Lunatic asylums Madras 1892-1911 - 1892-1911
Year: 1892
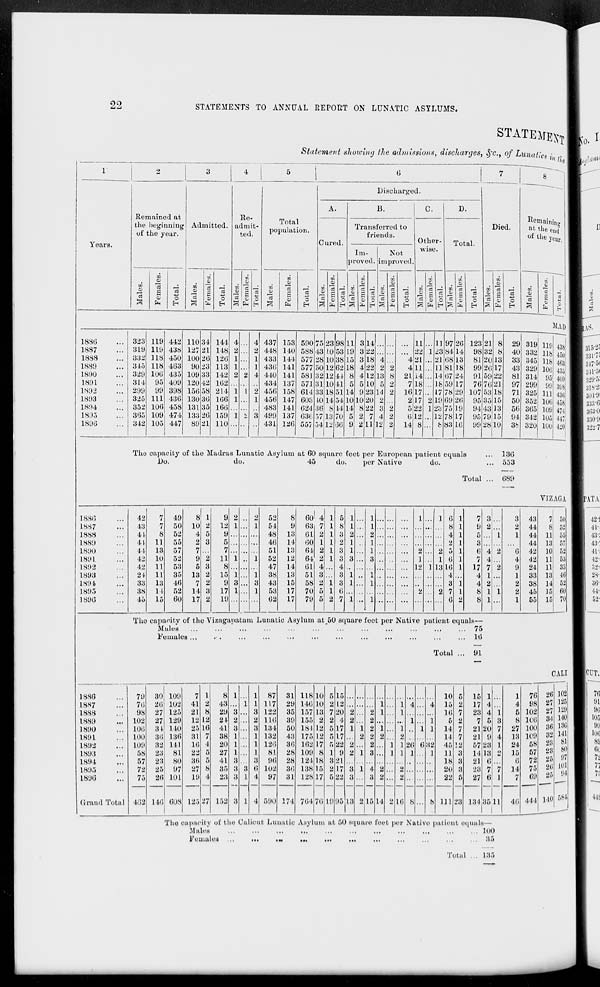
22
STATEMENTS TO ANNUAL REPORT ON LUNATIC ASYLUMS.
Years.
STATEMENT
Statement showing the admissions, discharges, Sfc, of Lunatic*
Remained at
the beginning
of the year.
m
o
w
a
s a
o
o
EH
Admitted.
00
0)
O
Re-
admit-
ted.
73
03
CC
yj
£ eg
1—1
1*5 fa
p
Total
population.
w
03
3J
«
fa
o
Discharged.
Cured.
B.
Transferred to
friends.
Im-
Not
proved, improved
Other-
wise.
D.
Total.
—;
v.
CB
«
-^ in;
o
Died.
o
EH
l " //,<!
Rc mainin g
at the eud
of the ye M ,
m
.2
03
"3
S
1886
1887
1888
1889
181)0
1891
1892
1893
1894
1895
1896
323
319
332
315
329
314
299
325
352
365
342
119
119
118
118
100
95
99
111
106
109
105
442
435
450
403
435
409
398
430
458
474
447
110
127
100
90
109
120
150
130
131
133
89
34
21
20
2;;
38
42
58
30
35
20
21
144
148
120
113
142
102
214
100
160
159
110
437
448
433
430
440
434
456
456
483
499
431
153
140
144
141
141
137
158
147
141
137
126
590
588
577
577
581
571
614
603
624
630
557
48
28
50
32
31
33
Ki
36
57
54
23
!0
1(1
12
12
10
is
II
8
13
12
98
53
38
62
11
II
5]
54
II
70
66
3
3
3
I
■I
5
9
Id
8
2
11
22
L8
22
12
10
23
20
22
7
211
4
2
L3
5
H
2
3
4
12
11
11 97 26 123 21 8 29 319 no
22 1 23 84 14 98 32 8 40 332 118
4 21
21 68 13 81 20 13 33 345 118
2
4 11
11 81 18 99 20 17 43 329 lOfi
8 2L 14
M 67 24 91 59 22 81 314 95
•>
7 18
18 59 17 76 70 21 97 299 99
2 16 17
17 78 29 107 53 18 71 325 111
2 17 2 19 69 26 95 35 15 50 352 106
2
5 22 1 2;J 75 19 94 43 13 56 365 109
2
6 12
12 78 17 95 79 15 94 342 lOfi
2
14 8 ...
f
83 10 99 28 10 38 320 100
MAD
438!
45o!
463J
■ m
409
3SJ8J
436
4581
171
417,
420 !
IAS.
The capacity of the Madras Lunatic Asylum at 60 square feet per European patient equals
Do.
do.
45
do.
per Native
do.
Total
130
553
689
V1ZAGA
188(5
L887
1888
L889
1890
1891
1892
1893
1894
1895
1890
The capacity of the Vizaganatam Lunatic Asylum at j 50 square feet per Native patient equals—
Males
'
75
Females...
. .
...
...
•••
...
•••
...
•••
•••
...
■•• 16
42
7 49
8 1
9 2
2 52
8 60 1 4 1 5 1
1
1
1 6 1
7 3
3 43
7 50
43
7 50 10 2 12 1
1 54
9 63 7 1 8 1
1
8 1
9 2
2 44
8 52
41
41
8
11
52
55
4
2
5
3
9
5
48
46
13
14
61
60
2
1
1
1
3
2
2
1
... 2
1
... ...
4
2
1
1
5
3
1
1 44
44
11
13
55
57
44 13 57
7
7
51 13 64 2 1 3 1
1
2
2 5 1
6 4 2
6 42 10 52
42 10 52
9 2
11 1
1 52 12 64 2 1 3 3
3
1
1 6 1
7 4
4 42 11 53
42 11
53
5 3
8
47 14 01 4
4
12 1 13 16 1 17 7 2
9 24 11 35
2* 11 35 13 2 15 1
1 38 13 51 3
3 1
1
4
4 1
1 33 13 46
33 13 46
7 2
9 3
3 43 15 58 2 1 3 1
1
...
3 1
4 2
2 38 14 52
38
45
11
15
52
60
14
17
3
2
17
19
1
1
53
02
17
17
70
79
5
5
1
2
6
7
...
2
...
2 7
6
1
2
8
8
1
1
1
2
1
45
55
15
15 70
1 ... 1
■••
...
Total
91
CALI
18S6
18S7
1888
IKS'.)
1890
1891
L893
1893
1894
1895
1896
(irand Total
79
70
30
20
109
102
7
41
1
2
8
43
1
i
i
i
87
117
31
29
118
146
10
10
5
2
15
12
10
15
5
2
15
17
1
4
1
4
76
98
20
27
102
125
129
140
YM
141
81
80
...
1
1 4
4
98 27 125 21 8 29 3
3 122 35 157 13 7 20 2
2 1
1
16 7 23 4 1
5 102 27
102 27 129 12 12 24 2
2 116 39 155 9 2 4 2
2
1
1
5 2
7 5 3
8 106 84
100 31. 140 25 16 41 3
3 131 50 181 12 5 17 1 1 2 1
1
1 1 14 7 21 20 7 27 100 30
100 30 136 31 7 38 1
1 132 43 175 12 5 17
2 2 2
2
11 7 21 9 4 13 109 32
1
109 32 111
10 4 20 1
1 120 36 162 17 R 22 2
2
1 1 26 6 32 46 '.2 57 23 1 24 58 2ii
58 23 81
>>•> 5 27 1
1
81 28 109 8 1 9 2 1 3
1 1 1
1
11 3 14 13 o 15 67 23
57
72
23
25
80
97
3I>
27
5
8
41
35
3
3 a
3
6
96
102
28
30
121
138
18
15
3
2
21
17
18
20
3
3
21
23
6
7 "7
6
14
72
75
2u
20 101
94
3 1 4 2
2 ... ... ...
75 26 101 19 4 23 3 I 4 97 31 128 17 5 22 3
3 2 ... 2
...
22 5 27 6 1
7 69 25
1
402 140 608 125 27 152 3 i 4 590 174 701 70 19 95
18
2 15 14 2 16 8 ... S 111 23 131
86
11
40 444 140 >i II
■
The cupaeitv of the Calicut Lunatic Asylum at 50 square feet per Native patient equals—
Males
100
Females ...
•••
•«
...
...
...
...
...
...
...
... 35
Total
135